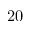
2 0